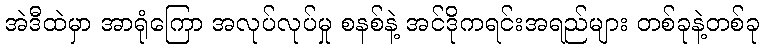
အဲဒီထဲမှာ အာရုံကြော အလုပ်လုပ်မှု စနစ်နဲ့ အင်ဒိုကရင်းအရည်များ တစ်ခုနဲ့တစ်ခု